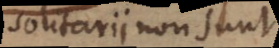
solitarii non sunt